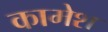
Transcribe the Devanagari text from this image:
कामेश